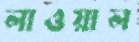
লাওয়াল